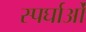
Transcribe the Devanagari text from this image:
स्पर्घाओं